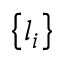
\left\{ l _ { i } \right\}